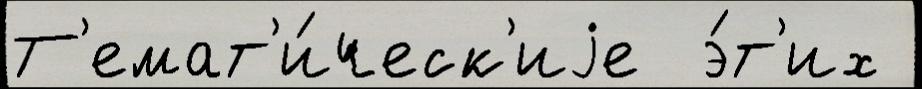
Т'емат'и́ческ'иjе  э́т'их